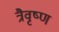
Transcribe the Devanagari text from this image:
त्रैवृष्ण